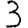
Digit: 3